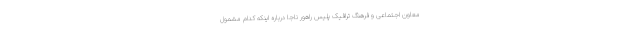
معاون اجتماعی و فرهنگ ترافیک پلیس راهور ناجا درباره اینکه کدام مشمول